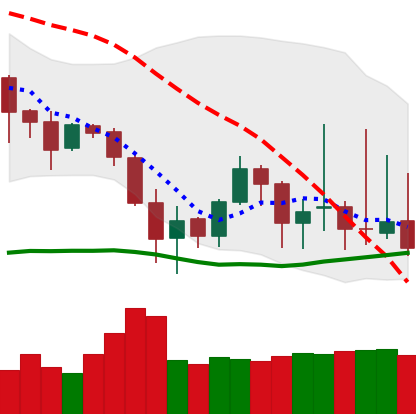
Ticker: DOGE-USD
Chart end date: 2019-08-27
Forward return: -4.885%
Label: down_3_5